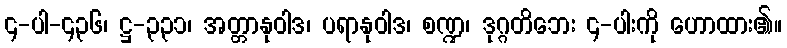
၄-ပါ-၄၃၆၊ ဋ္ဌ-၃၃၁၊ အတ္တာနုဝါဒ၊ ပရာနုဝါဒ၊ စဏ္ဍ၊ ဒုဂ္ဂတိဘေး ၄-ပါးကို ဟောထား၏။